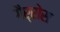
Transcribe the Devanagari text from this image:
गैर्रोस